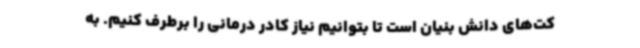
کت‌های دانش بنیان است تا بتوانیم نیاز کادر درمانی را برطرف کنیم. به